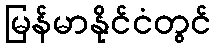
မြန်မာနိုင်ငံတွင်